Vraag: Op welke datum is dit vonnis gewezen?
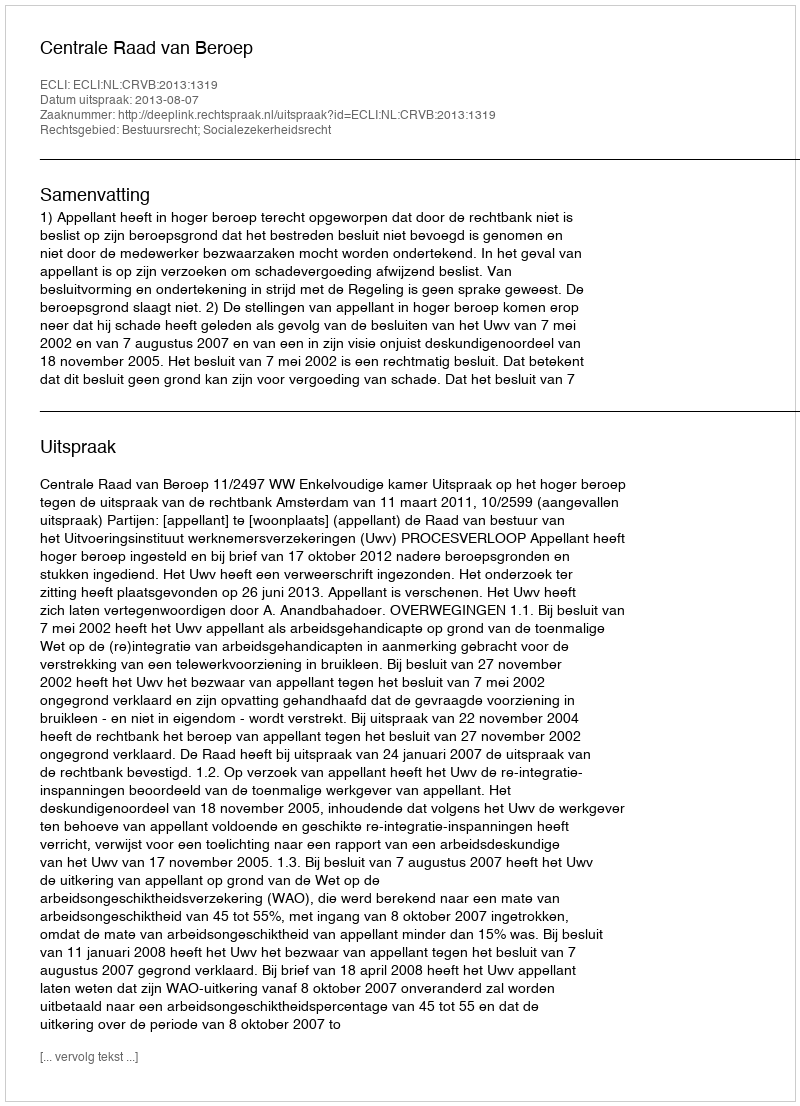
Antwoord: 2013-08-07